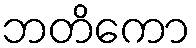
ဘတိကော